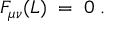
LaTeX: F _ { \mu \nu } ( L ) \; = \; 0 \; .